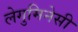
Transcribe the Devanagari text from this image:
लेगुमिनेसी